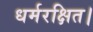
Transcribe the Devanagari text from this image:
धर्मरक्षित।